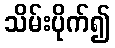
သိမ်းပိုက်၍